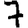
Digit: 7